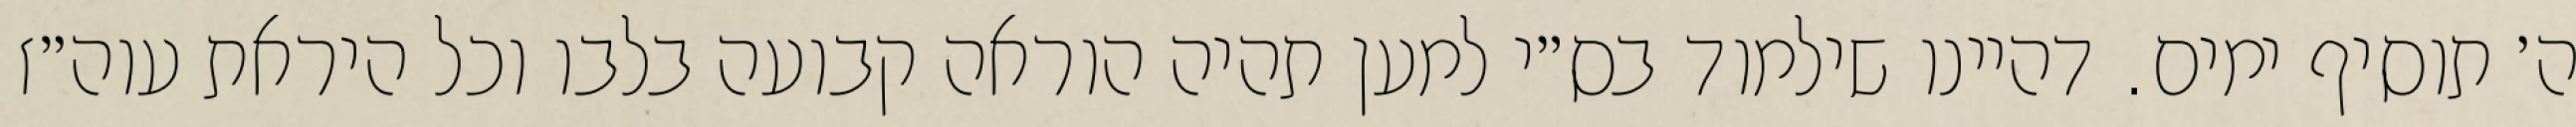
ה׳ תוסיף ימים. דהיינו שילמוד בס״י למען תהיה הוראה קבועה בלבו וכל היראת עוה״ז